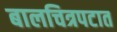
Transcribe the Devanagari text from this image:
बालचित्रपटात